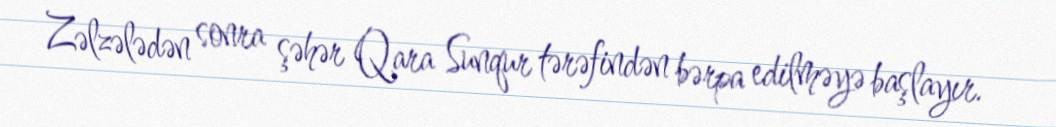
Zəlzələdən sonra şəhər Qara Sunqur tərəfindən bərpa edilməyə başlayır.